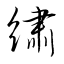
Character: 繍